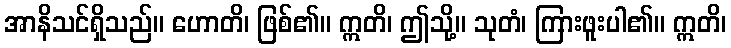
အာနိသင်ရှိသည်။ ဟောတိ၊ ဖြစ်၏။ ဣတိ၊ ဤသို့။ သုတံ၊ ကြားဖူးပါ၏။ ဣတိ၊